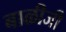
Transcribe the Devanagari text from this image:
बाळीजी